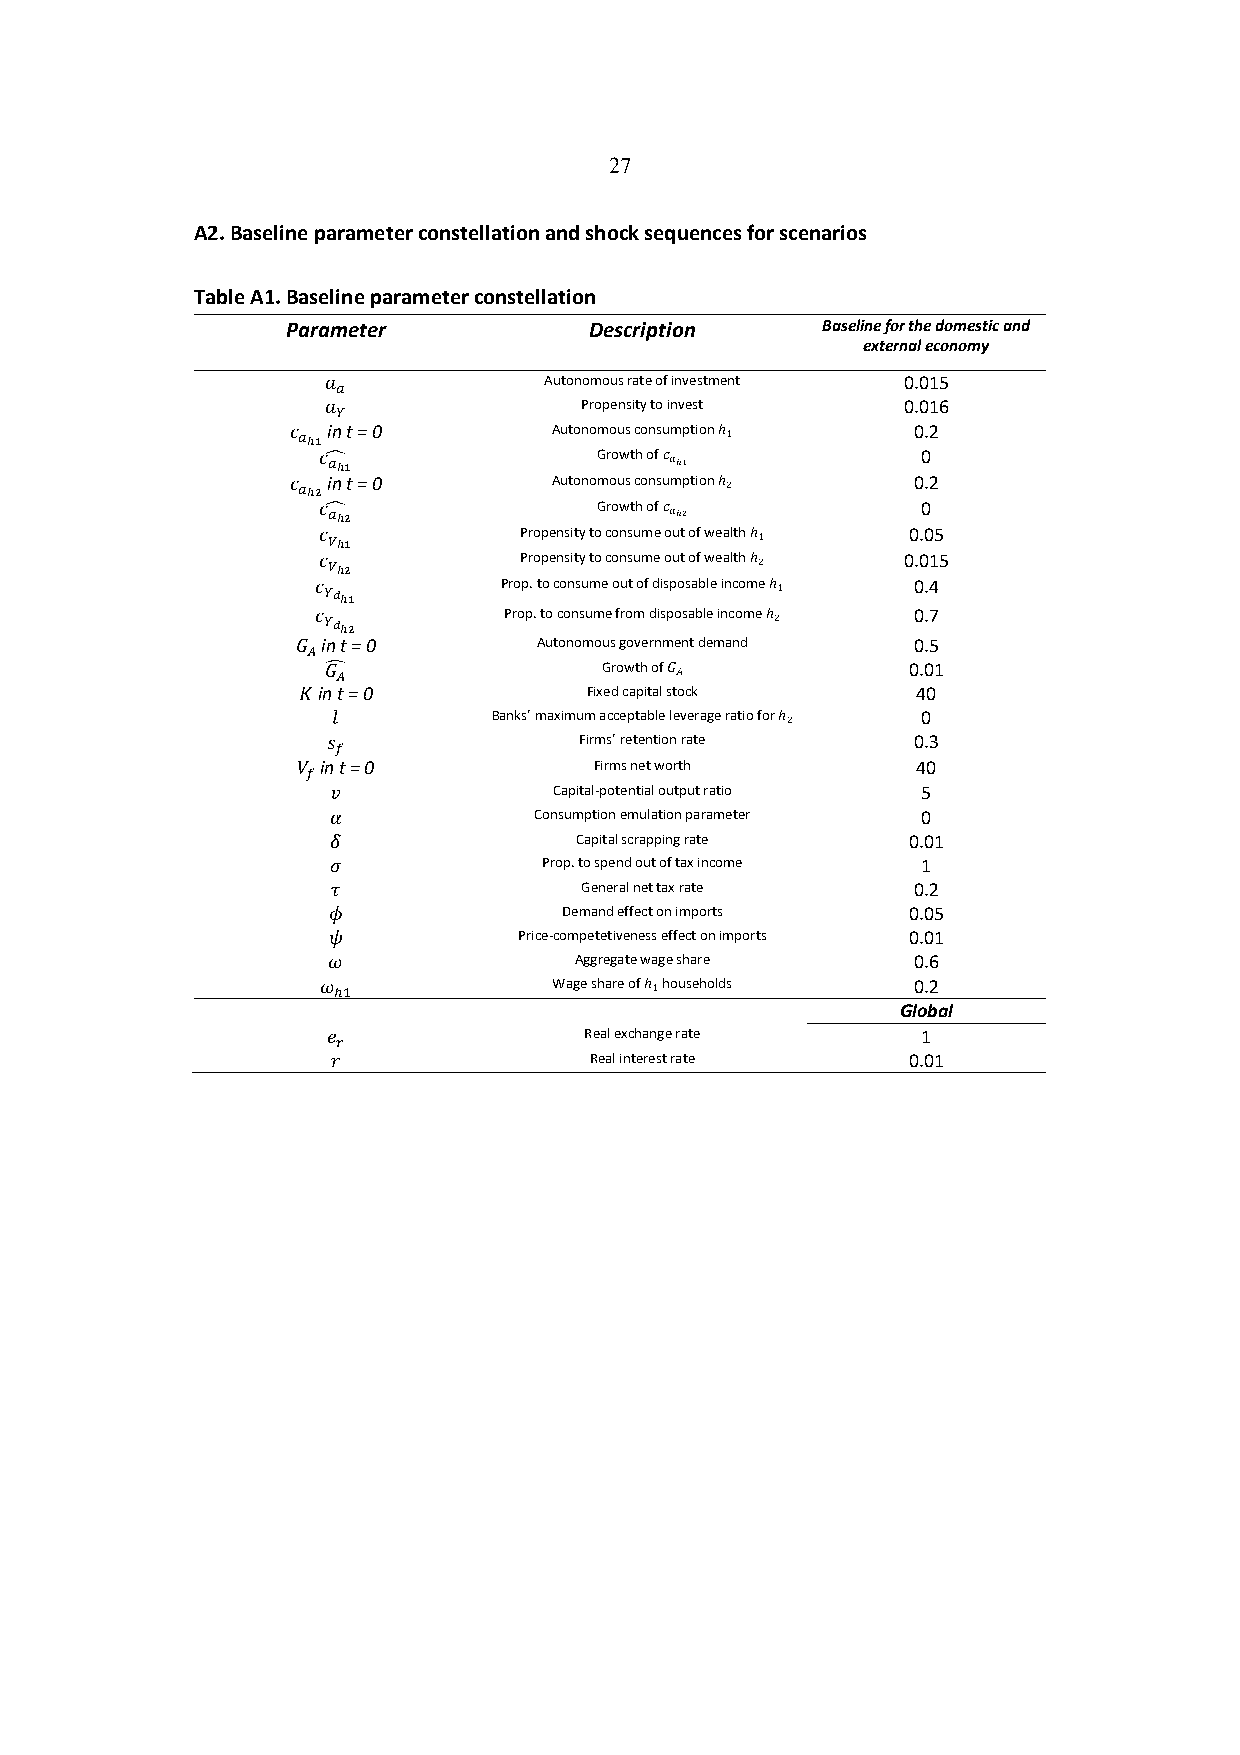
27
 A2. Baseline parameter constellation and shock sequences for scenarios
 Table A1. Baseline parameter constellation
 Parameter           Description    Baseline for the domestic and
 external economy
 !             Autonomous rate of investment 0.015
 !
 !               Propensity to invest  0.016
 "
 " !!" in t = 0    Autonomous consumption ℎ ! 0.2
 "# !!"             Growth of " "!"      0
 " !!# in t = 0    Autonomous consumption ℎ # 0.2
 "# !!#             Growth of " "!#      0
 " #!"        Propensity to consume out of wealth ℎ ! 0.05
 " #!#        Propensity to consume out of wealth ℎ # 0.015
 " "$!"      Prop. to consume out of disposable income ℎ ! 0.4
 " "$!#      Prop. to consume from disposable income ℎ # 0.7
 $ in t = 0      Autonomous government demand 0.5
 $
 $% $              Growth of # $       0.01
 & in t = 0         Fixed capital stock   40
 '          Banks’ maximum acceptable leverage ratio for ℎ # 0
 (               Firms’ retention rate 0.3
 %
 ) in t = 0         Firms net worth       40
 %
 *              Capital-potential output ratio 5
 +            Consumption emulation parameter 0
 ,               Capital scrapping rate 0.01
 -             Prop. to spend out of tax income 1
 .               General net tax rate  0.2
 /              Demand effect on imports 0.05
 0           Price-competetiveness effect on imports 0.01
 1               Aggregate wage share  0.6
 1 &'            Wage share of ℎ ! households 0.2
 Global
 2                Real exchange rate    1
 (
 3                Real interest rate   0.01